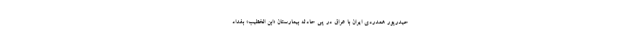
حیدرپور همدردی ایران با عراق در پی حادثه بیمارستان «ابن الخطیب» بغداد